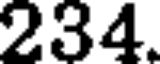
234.